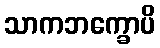
သာကဘက္ခောပိ